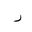
Letter: _dal